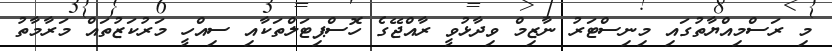
މި ރަސްމިއްޔާތުގައި މިނިސްޓަރު ނާޒިމް ވިދާޅުވީ ރާއްޖޭގެ ހޮސްޕިޓަލްތަކާއި ސިއްހީ މަރުކަޒުތައް މަރާމާތު